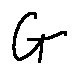
G